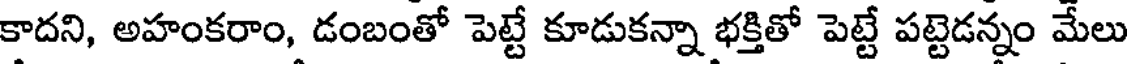
కాదని, అహంకరాం, డంబంతో పెట్టే కూడుకన్నా భక్తితో పెట్టే పట్టెడన్నం మేలు